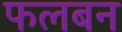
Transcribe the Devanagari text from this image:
फलबन